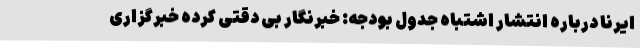
ایرنا درباره انتشار اشتباه جدول بودجه: خبرنگار بی دقتی کرده خبرگزاری